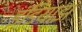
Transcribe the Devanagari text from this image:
इंडियाझ